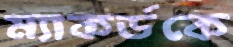
ম্যাকর্ডকে